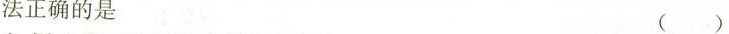
法正确的是（ ）